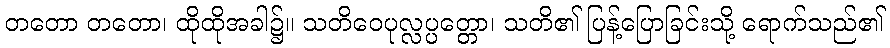
တတော တတော၊ ထိုထိုအခါ၌။ သတိဝေပုလ္လပ္ပတ္တော၊ သတိ၏ ပြန့်ပြောခြင်းသို့ ရောက်သည်၏